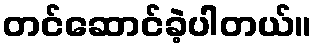
တင်ဆောင်ခဲ့ပါတယ်။